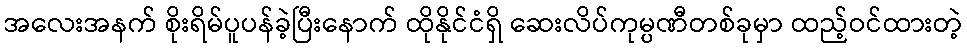
အလေးအနက် စိုးရိမ်ပူပန်ခဲ့ပြီးနောက် ထိုနိုင်ငံရှိ ဆေးလိပ်ကုမ္ပဏီတစ်ခုမှာ ထည့်ဝင်ထားတဲ့